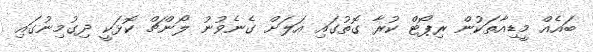
ބައެއް މީޑިއާތަކުން ރިޕޯޓް ކުރާ ގޮތުގައި އަލަށް ގެނެވުނު ލޯންޗް ކޮޅަކީ ދިގުމިނުގައި